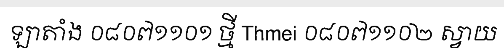
ឡាតាំង ០៨០៧១១០១ ថ្មី Thmei ០៨០៧១១០២ ស្វាយ